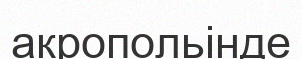
акропольінде